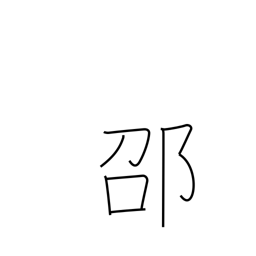
Meaning: place name